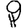
Digit: 9